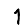
Digit: 1